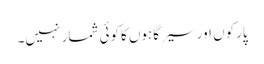
پارکوں اور سیر گاہوں کاکوئی شمار نہیں۔